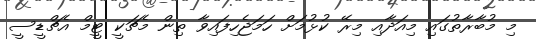
މި މުބާރާތުގައި މިއަދާއި މިރޭ ކުޅުމަށް ހަމަޖެހިފައިވާ ތިން މެޗަކީ ޓީމް އެޗްޑީސީ